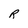
Character: R